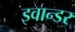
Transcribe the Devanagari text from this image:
इवान्डर